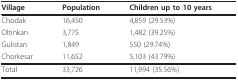
| Village | Population | Children up to 10 years |
 | --- | --- | --- |
 | Chodak | 16,450 | 4,859 (29.53%) |
 | Oltinkan | 3,775 | 1,482 (39.25%) |
 | Gulistan | 1,849 | 550 (29.74%) |
 | Chorkesar | 11,652 | 5,103 (43.79%) |
 | Total | 33,726 | 11,994 (35.56%) |